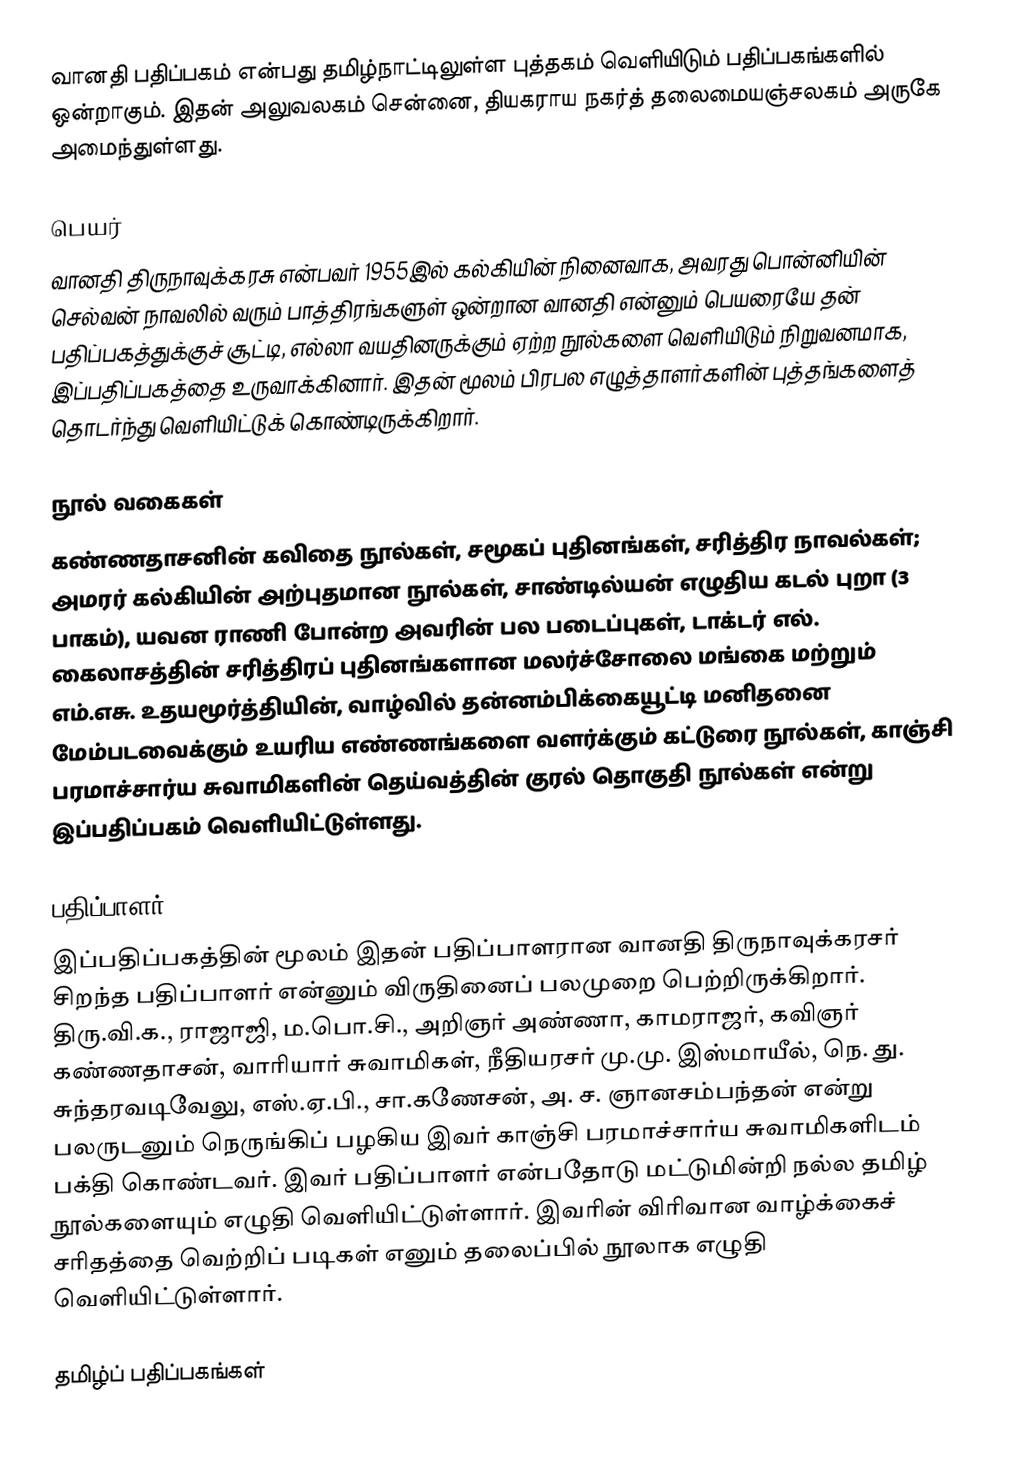
வானதி பதிப்பகம் என்பது தமிழ்நாட்டிலுள்ள புத்தகம் வெளியிடும் பதிப்பகங்களில் ஒன்றாகும். இதன் அலுவலகம் சென்னை, தியகராய நகர்த் தலைமையஞ்சலகம் அருகே அமைந்துள்ளது.

பெயர்
வானதி திருநாவுக்கரசு என்பவர் 1955இல் கல்கியின்  நினைவாக, அவரது பொன்னியின் செல்வன் நாவலில் வரும் பாத்திரங்களுள் ஒன்றான வானதி என்னும் பெயரையே தன் பதிப்பகத்துக்குச் சூட்டி, எல்லா வயதினருக்கும் ஏற்ற நூல்களை வெளியிடும் நிறுவனமாக, இப்பதிப்பகத்தை உருவாக்கினார். இதன் மூலம் பிரபல எழுத்தாளர்களின் புத்தங்களைத் தொடர்ந்து வெளியிட்டுக் கொண்டிருக்கிறார்.

நூல் வகைகள்
கண்ணதாசனின் கவிதை நூல்கள், சமூகப் புதினங்கள், சரித்திர நாவல்கள்; அமரர் கல்கியின் அற்புதமான நூல்கள், சாண்டில்யன் எழுதிய கடல் புறா (3 பாகம்), யவன ராணி போன்ற அவரின் பல படைப்புகள், டாக்டர் எல். கைலாசத்தின் சரித்திரப் புதினங்களான மலர்ச்சோலை மங்கை மற்றும் எம்.எசு. உதயமூர்த்தியின், வாழ்வில் தன்னம்பிக்கையூட்டி மனிதனை மேம்படவைக்கும் உயரிய எண்ணங்களை வளர்க்கும் கட்டுரை நூல்கள், காஞ்சி பரமாச்சார்ய சுவாமிகளின் தெய்வத்தின் குரல் தொகுதி நூல்கள் என்று இப்பதிப்பகம் வெளியிட்டுள்ளது.

பதிப்பாளர்
இப்பதிப்பகத்தின் மூலம் இதன் பதிப்பாளரான வானதி திருநாவுக்கரசர் சிறந்த பதிப்பாளர் என்னும் விருதினைப் பலமுறை பெற்றிருக்கிறார். திரு.வி.க., ராஜாஜி, ம.பொ.சி., அறிஞர் அண்ணா, காமராஜர், கவிஞர் கண்ணதாசன், வாரியார் சுவாமிகள், நீதியரசர் மு.மு. இஸ்மாயீல், நெ. து. சுந்தரவடிவேலு, எஸ்.ஏ.பி., சா.கணேசன், அ. ச. ஞானசம்பந்தன் என்று பலருடனும் நெருங்கிப் பழகிய இவர் காஞ்சி பரமாச்சார்ய சுவாமிகளிடம் பக்தி கொண்டவர். இவர் பதிப்பாளர் என்பதோடு மட்டுமின்றி நல்ல தமிழ் நூல்களையும் எழுதி வெளியிட்டுள்ளார். இவரின் விரிவான வாழ்க்கைச் சரிதத்தை வெற்றிப் படிகள் எனும் தலைப்பில் நூலாக எழுதி வெளியிட்டுள்ளார்.

தமிழ்ப் பதிப்பகங்கள்